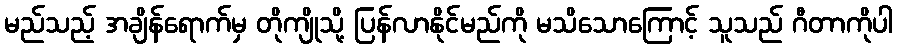
မည်သည့် အချိန်ရောက်မှ တိုကျိုသို့ ပြန်လာနိုင်မည်ကို မသိသောကြောင့် သူသည် ဂီတာကိုပါ